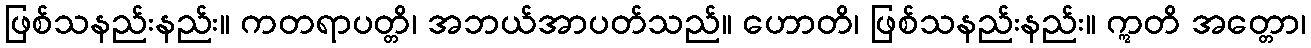
ဖြစ်သနည်းနည်း။ ကတရာပတ္တိ၊ အဘယ်အာပတ်သည်။ ဟောတိ၊ ဖြစ်သနည်းနည်း။ ဣတိ အတ္တော၊